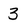
Character: 3